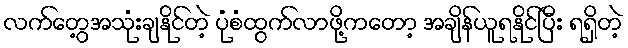
လက်တွေ့အသုံးချနိုင်တဲ့ ပုံစံထွက်လာဖို့ကတော့ အချိန်ယူရနိုင်ပြီး ရရှိတဲ့